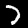
Digit: 7